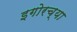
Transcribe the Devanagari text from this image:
इगोरच्या